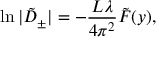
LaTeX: \ln \vert \tilde { D } _ { \pm } \vert = - \frac { L \lambda } { 4 \pi ^ { 2 } } \tilde { F } ( y ) ,